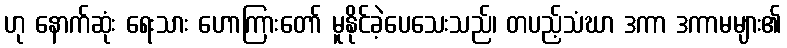
ဟု နောက်ဆုံး ရေးသား ဟောကြားတော် မူနိုင်ခဲ့ပေသေးသည်၊ တပည့်သံဃာ ဒကာ ဒကာမများ၏